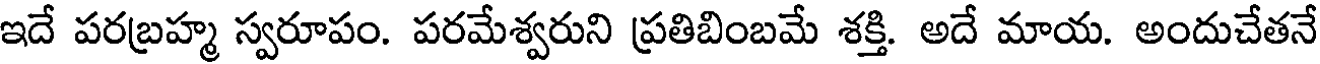
ఇదే పరబ్రహ్మ స్వరూపం. పరమేశ్వరుని ప్రతిబింబమే శక్తి. అదే మాయ. అందుచేతనే